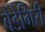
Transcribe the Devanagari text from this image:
बेंडेगिरी